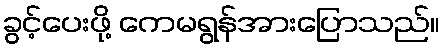
ခွင့်ပေးဖို့ ကေမရွန်အားပြောသည်။